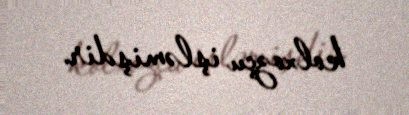
kolxozçu işləmişdir.